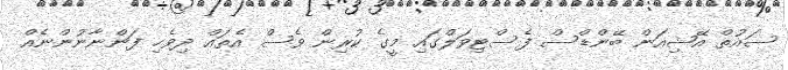
ސައުތް އޭޝިއަން ބޭންޑްސް ފެސްޓިވަލްގައި މީގެ ކުރިން ވެސް އެތައް ދިވެހި ފަންނާނުންނެއް